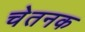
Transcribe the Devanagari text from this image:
चेतनक